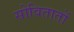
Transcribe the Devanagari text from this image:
सोवितातों